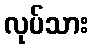
လုပ်သား